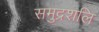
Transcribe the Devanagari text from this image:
समुद्रशलि